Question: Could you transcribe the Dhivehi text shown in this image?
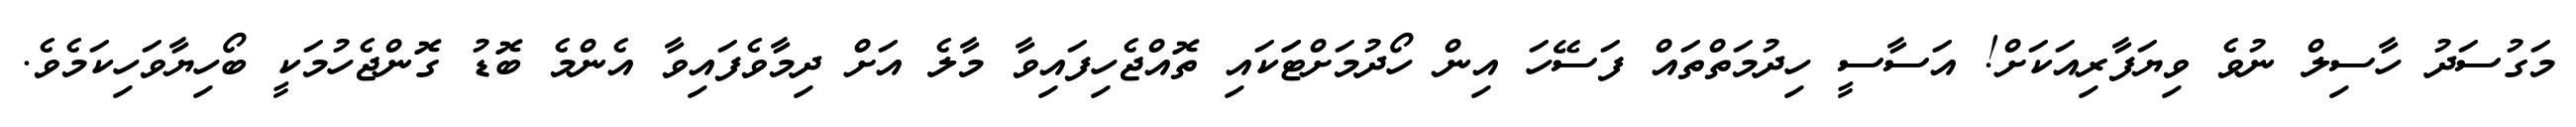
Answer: މަގުސަދު ހާސިލް ނުވެ ވިޔަފާރިއަކަށް! އަސާސީ ހިދުމަތްތައް ފަސޭހަ އިން ހޯދުމަށްޓަަކައި ތޮއްޖެހިފައިވާ މާލެ އަށް ދިމާވެފައިވާ އެންމެ ބޮޑު ގޮންޖެހުމަކީ ބޯހިޔާވަހިކަމެވެ.